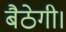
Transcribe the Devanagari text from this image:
बैठेगी।